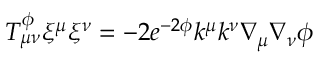
T _ { \mu \nu } ^ { \phi } { \xi } ^ { \mu } { \xi } ^ { \nu } = - 2 e ^ { - 2 \phi } k ^ { \mu } k ^ { \nu } \nabla _ { \mu } \nabla _ { \nu } \phi